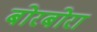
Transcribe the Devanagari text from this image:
बोरबोरा